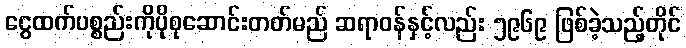
ငွေထက်ပစ္စည်းကိုပိုစုဆောင်းတတ်မည် ဆရာဝန်နှင့်လည်း ၅၉၆၉ ဖြစ်ခဲ့သည့်တိုင်